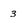
Character: 3